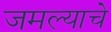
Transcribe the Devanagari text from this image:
जमल्याचे